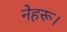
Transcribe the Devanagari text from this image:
नेहरू।